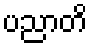
ပညာတိ